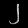
Digit: ၂